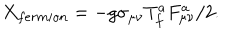
X _ { f e r m i o n } = - g \sigma _ { \mu \nu } T _ { f } ^ { a } F _ { \mu \nu } ^ { a } / 2 .